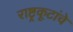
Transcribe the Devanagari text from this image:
राष्ट्रकूटांचे